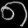
Digit: ၈